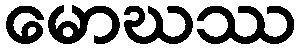
မောဃဿ